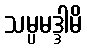
သမ္ပမဒ္ဒါမိ